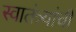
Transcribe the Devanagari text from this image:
स्वातंत्र्यांची